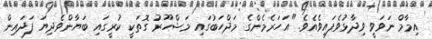
އިމާމް ނަވަވީ ވިދާޅުވެފައިވެއެވެ. "އަހަރެމެންގެ މަޛްހަބުގައި މަޝްހޫރު ގޮތަކީ ކުރީގައި ބަޔާންވެދިޔަ ފަދައިން